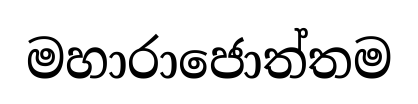
මහාරාජොත්තම